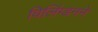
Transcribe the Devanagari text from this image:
विलिंग्डनने